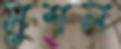
মুশল